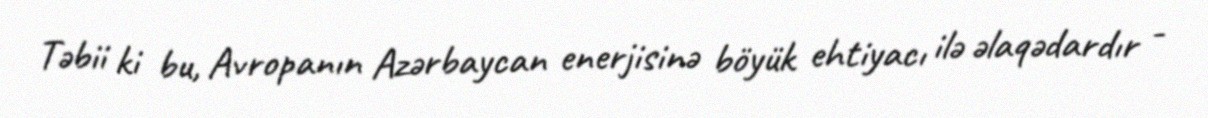
Təbii ki bu, Avropanın Azərbaycan enerjisinə böyük ehtiyacı ilə əlaqədardır -